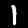
Digit: 1